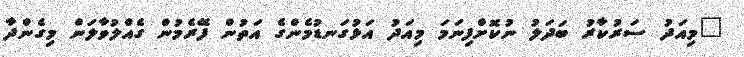
"މިއަދު ސަރުކާރު ބަދަލު ނުކޮށްފިނަމަ މިއަދު އަޅުގަނޑުމެންގެ އަތުން ފޭރެމުން ގެއްލުވާލަން މިގެންދާ